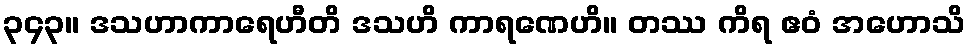
၃၄၃။ ဒသဟာကာရေဟီတိ ဒသဟိ ကာရဏေဟိ။ တဿ ကိရ ဧဝံ အဟောသိ